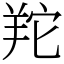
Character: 䍫